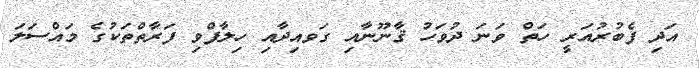
އަދި ފެބުރުއަރީ ހަތް ވަނަ ދުވަހު ޤާނޫނާއި ގަވއިދާއި ހިލާފްވި ފަރާތްތަކުގެ މައްސަލަ